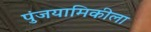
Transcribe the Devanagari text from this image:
पुंजयामिकीला